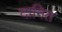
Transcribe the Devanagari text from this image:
दानित